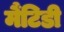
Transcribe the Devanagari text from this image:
मैंटिडी